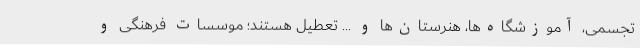
تجسمی، آموزشگاه‌ها، هنرستان‌ها و ... تعطیل هستند؛ موسسات فرهنگی و